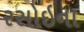
રસોઇના